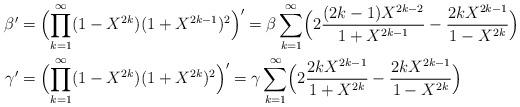
LaTeX: \begin{align*}\beta'&=\Bigl(\prod_{k=1}^\infty(1-X^{2k})(1+X^{2k-1})^2\Bigr)'=\beta\sum_{k=1}^\infty\Bigl(2\frac{(2k-1)X^{2k-2}}{1+X^{2k-1}}-\frac{2kX^{2k-1}}{1-X^{2k}}\Bigr)\\\gamma'&=\Bigl(\prod_{k=1}^\infty(1-X^{2k})(1+X^{2k})^2\Bigr)'=\gamma\sum_{k=1}^\infty\Bigl(2\frac{2kX^{2k-1}}{1+X^{2k}}-\frac{2kX^{2k-1}}{1-X^{2k}}\Bigr)\end{align*}